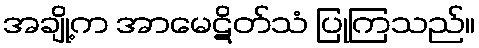
အချို့က အာမေဋိတ်သံ ပြုကြသည်။